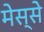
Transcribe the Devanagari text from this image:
मेस्से